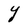
Character: Y